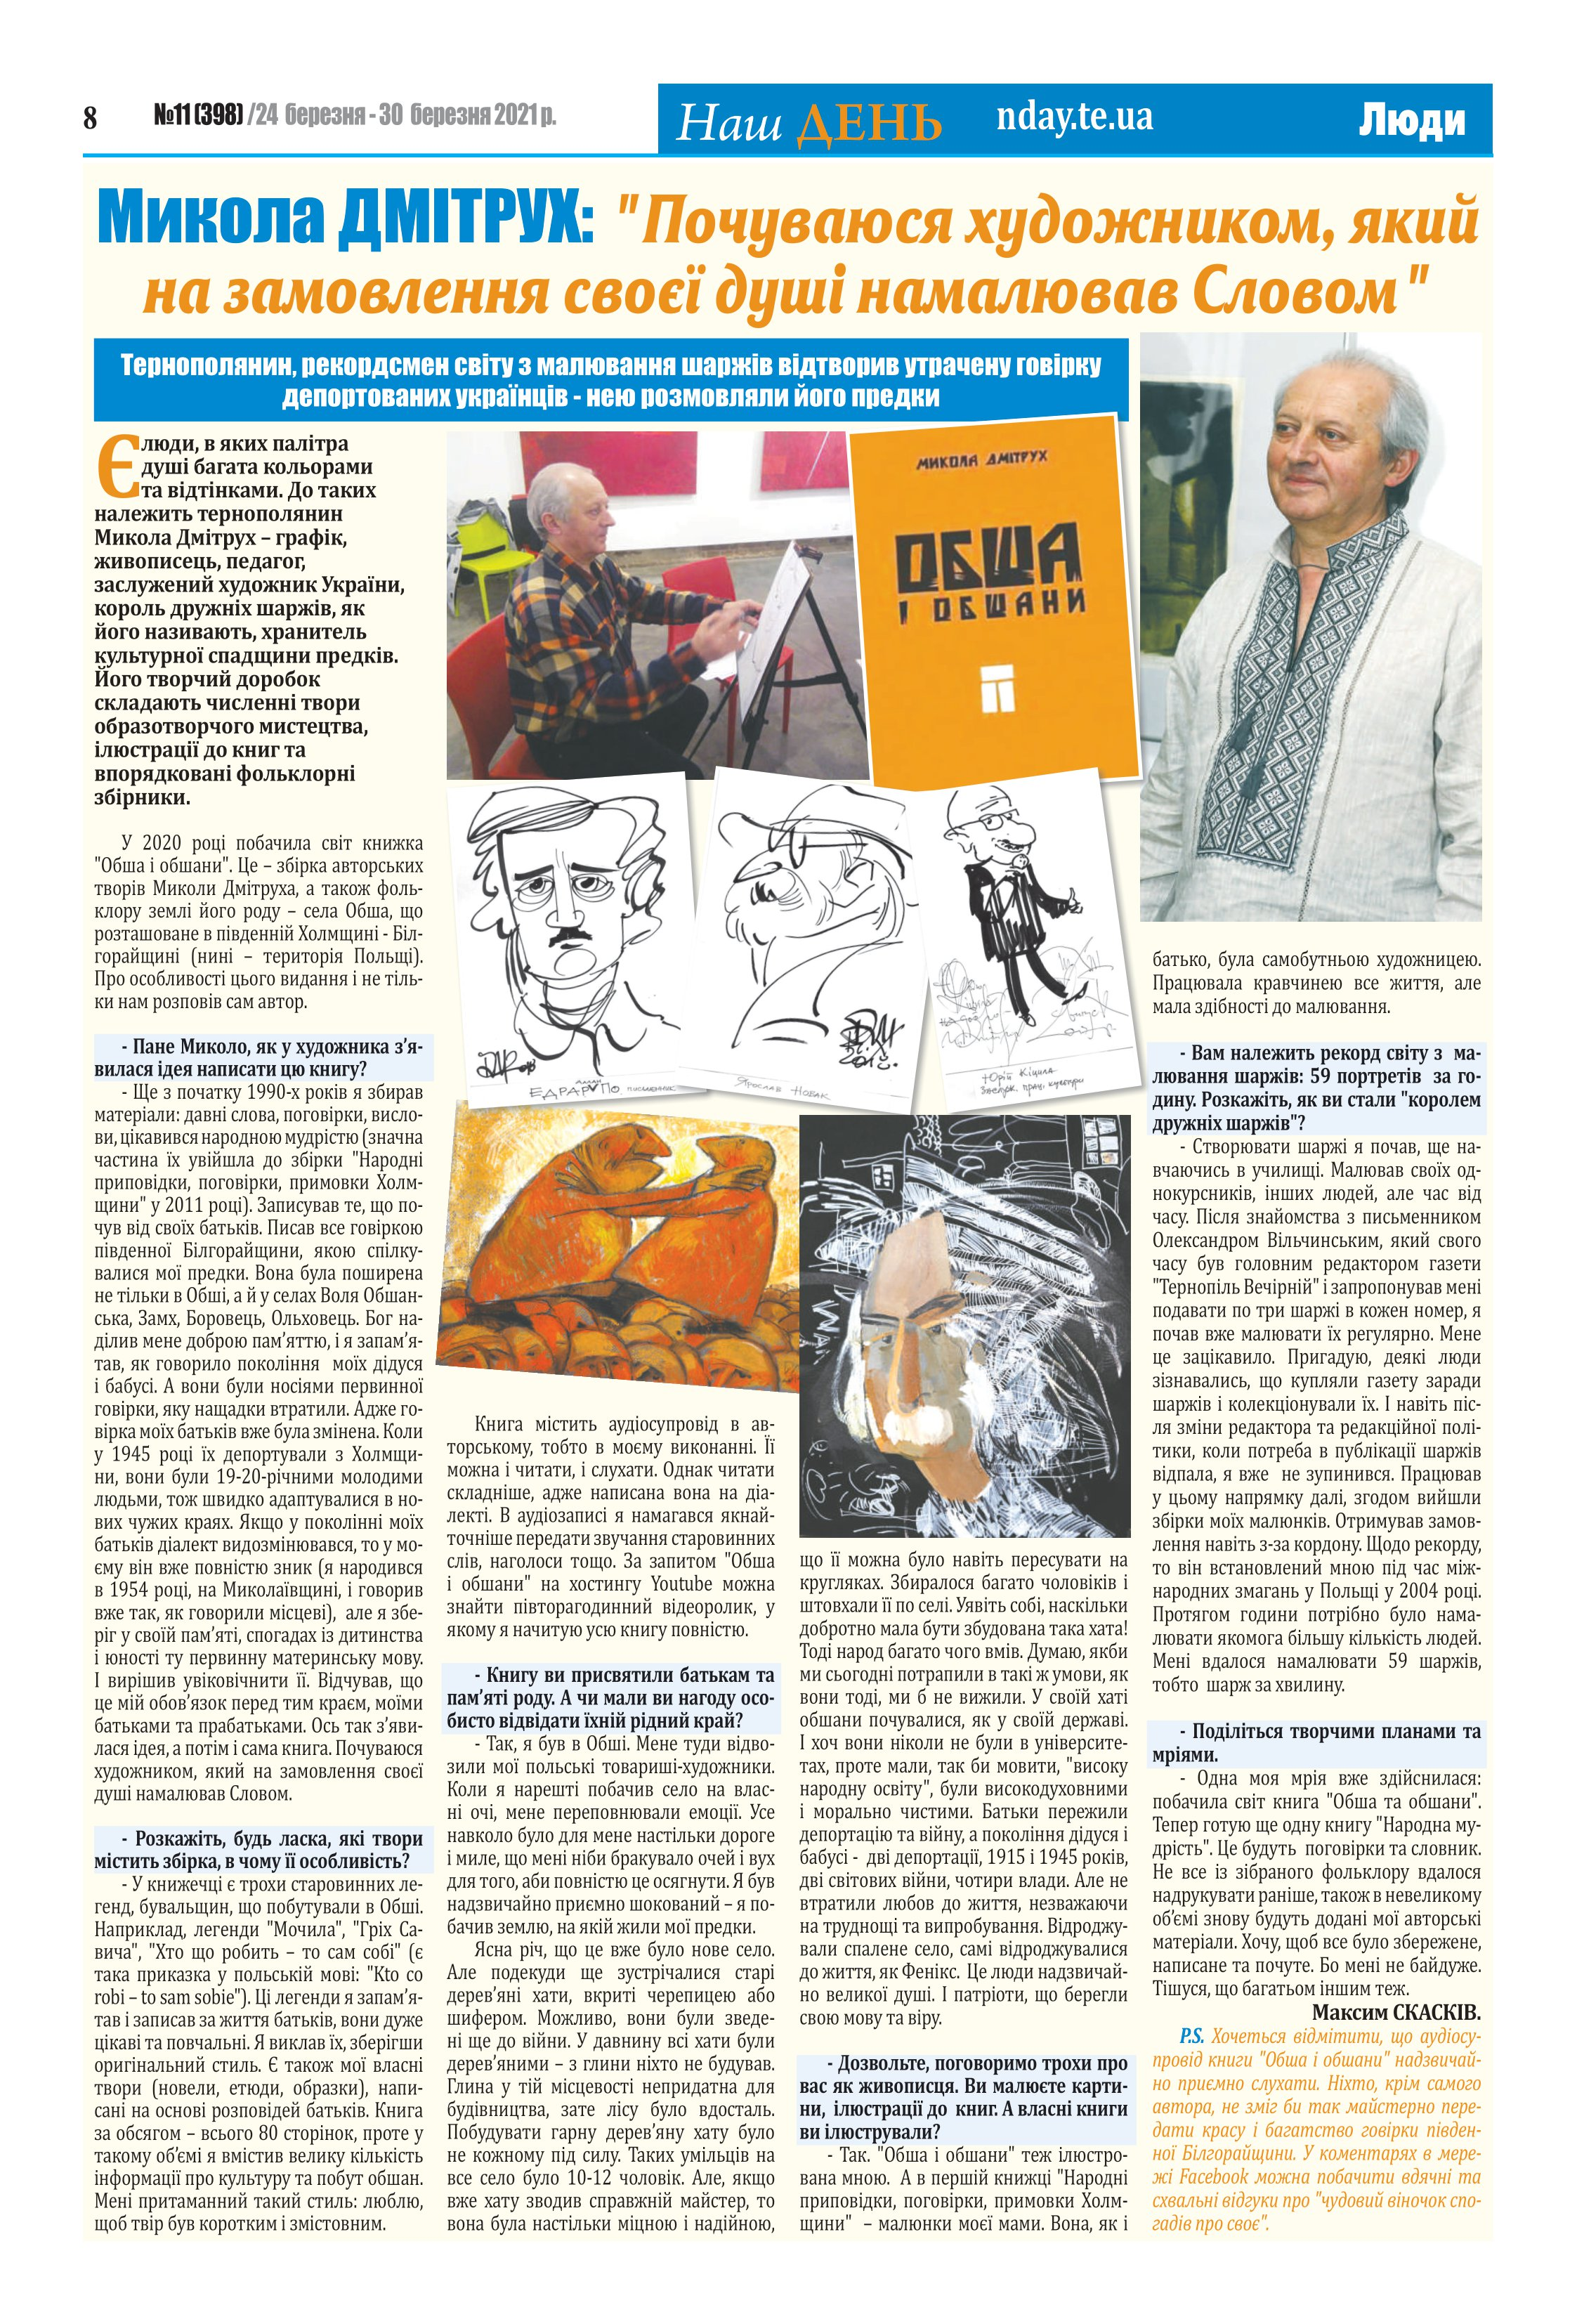
Language: uk